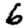
Digit: 6